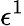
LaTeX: \epsilon^{1}